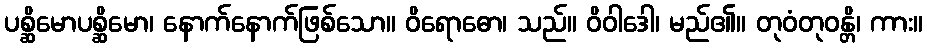
ပစ္ဆိမောပစ္ဆိမော၊ နောက်နောက်ဖြစ်သော။ ဝိရောဓော၊ သည်။ ဝိဝါဒေါ၊ မည်၏။ တုဝံတုဝန္တိ၊ ကား။